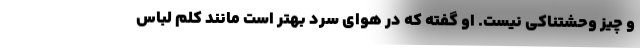
و چیز وحشتناکی نیست. او گفته که در هوای سرد بهتر است مانند کلم لباس